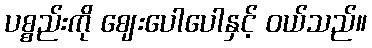
ပစ္စည်းကို ဈေးပေါပေါနှင့် ဝယ်သည်။